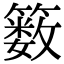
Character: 䉤